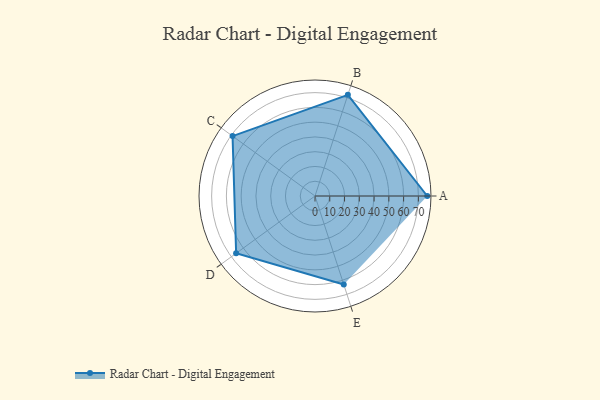
{"axis": {"x": "Skill", "y": "Score"}, "legend": ["Profile"], "data": [{"x": "A", "y": 76.0, "type": "Profile"}, {"x": "B", "y": 72.0, "type": "Profile"}, {"x": "C", "y": 69.0, "type": "Profile"}, {"x": "D", "y": 66.0, "type": "Profile"}, {"x": "E", "y": 63.0, "type": "Profile"}]}